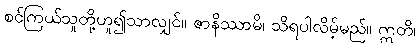
စင်ကြယ်သူတို့ဟူ၍သာလျှင်။ ဇာနိဿာမိ၊ သိရပါလိမ့်မည်။ ဣတိ၊